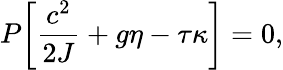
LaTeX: P\bigg[\frac{c^{2}}{2J}+g\eta-\tau\kappa\bigg]=0,